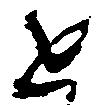
近